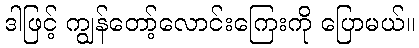
ဒါဖြင့် ကျွန်တော့်လောင်းကြေးကို ပြောမယ်။